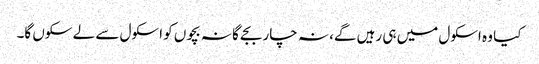
کیا وہ اسکول میں ہی رہیں گے، نہ چار بجے گا نہ بچوں کو اسکول سے لے سکوں گا۔